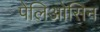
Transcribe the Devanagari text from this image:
पेलिओसिन